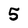
Character: 5